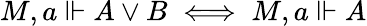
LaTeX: M,a\Vdash A\lor B\iff M,a\Vdash A